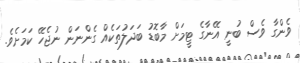
ވެންގާ ވެސް ބުނީ އޭނާގެ ޓީމަށް މާބޮޑު ބަދަލުތަކެއް ގެންނަން ނުޖެހޭ ކަމަށެވެ.